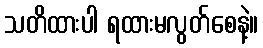
သတိထားပါ ရထားမလွတ်စေနဲ့။